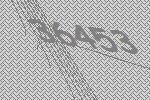
36453